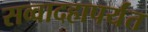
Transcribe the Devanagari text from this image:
सव्वादहापर्यंत